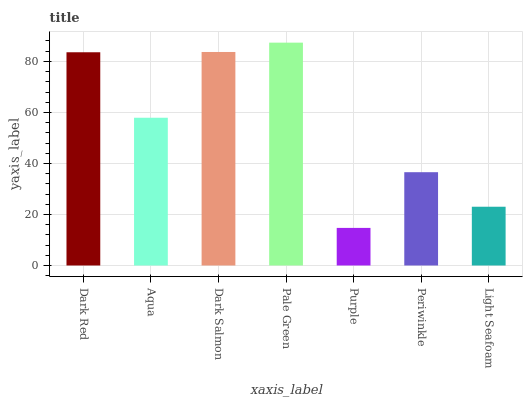
| xaxis_label | bars |
 | --- | --- |
 | Dark Red | 83.6 |
 | Aqua | 57.9 |
 | Dark Salmon | 83.7 |
 | Pale Green | 87.3 |
 | Purple | 14.7 |
 | Periwinkle | 36.6 |
 | Light Seafoam | 23 |